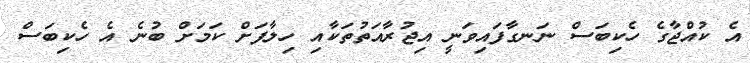
އެ ކުއްޖާގެ ހެކިބަސް ނަނގާފައިވަނީ އިޖުރާއަތުތަކާއި ހިލާފަށް ކަމަށް ބުނެ އެ ހެކިބަސް